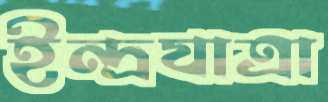
ইন্দ্রযাত্রা